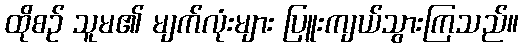
ထိုစဉ် သူမ၏ မျက်လုံးများ ပြူးကျယ်သွားကြသည်။